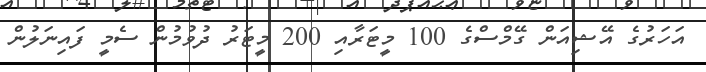
އަހަރުގެ އޭޝިއަން ގޭމްސްގެ 100 މީޓަރާއި 200 މީޓަރު ދުވުމުން ސެމީ ފައިނަލުން